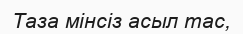
Таза мінсіз асыл тас,